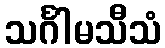
သင်္ဂါမသီသံ